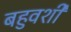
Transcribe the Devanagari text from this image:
बहुवशी